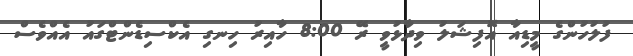
ފުލުހުންގެ މީޑިއާ އޮފިޝަލު ވިދާޅުވީ ރޭ 8:00 ހާއިރު ހިނގި އެކްސިޑެންޓްގައު އެއްވެސް